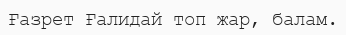
Ғазрет Ғалидай топ жар, балам.